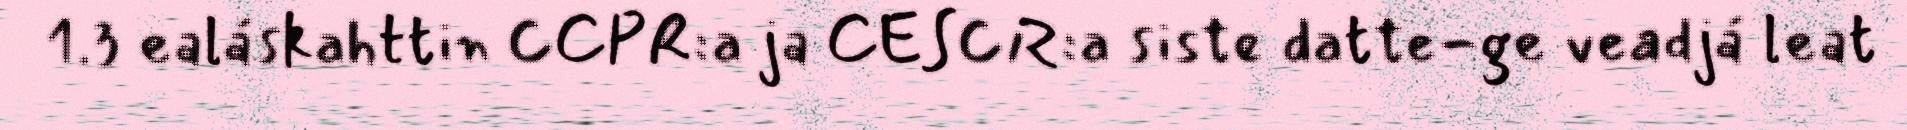
1.3 ealáskahttin CCPR:a ja CESCR:a siste datte-ge veadjá leat